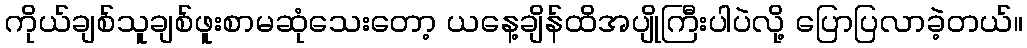
ကိုယ်ချစ်သူချစ်ဖူးစာမဆုံသေးတော့ ယနေ့ချိန်ထိအပျိုကြီးပါပဲလို့ ပြောပြလာခဲ့တယ်။